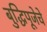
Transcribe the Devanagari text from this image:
बुद्धिपूजेचे